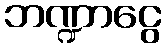
ဘဏ္ဍာငွေ